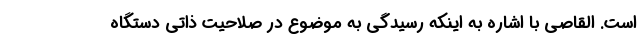
است. القاصی با اشاره به اینکه رسیدگی به موضوع در صلاحیت ذاتی دستگاه